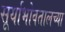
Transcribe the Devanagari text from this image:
सूर्याभोवतालच्या